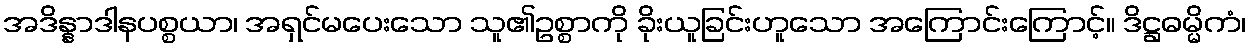
အဒိန္နာဒါနပစ္စယာ၊ အရှင်မပေးသော သူ၏ဥစ္စာကို ခိုးယူခြင်းဟူသော အကြောင်းကြောင့်။ ဒိဋ္ဌဓမ္မိကံ၊